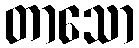
တာသော